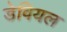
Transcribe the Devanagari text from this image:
डेवियल